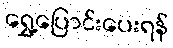
ရွှေ့ပြောင်းပေးရန်